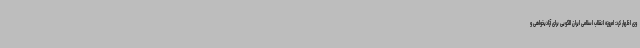
وی اظهار کرد: امروزه انقلاب اسلامی ایران الگویی برای آزادیخواهی و